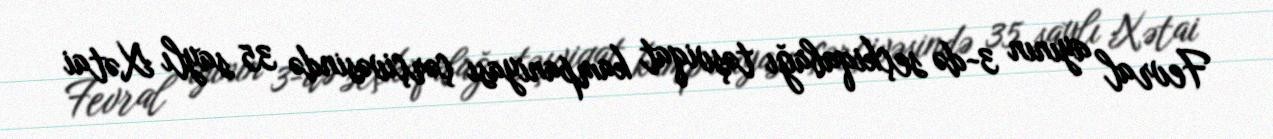
Fevral ayının 3-də seçkiqabağı təşviqat kampaniyası çərçivəsində 35 saylı Xətai